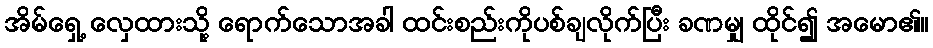
အိမ်ရှေ့ လှေထားသို့ ရောက်သောအခါ ထင်းစည်းကိုပစ်ချလိုက်ပြီး ခဏမျှ ထိုင်၍ အမော၏။